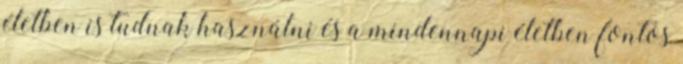
életben is tudnak használni és a mindennapi életben fontos